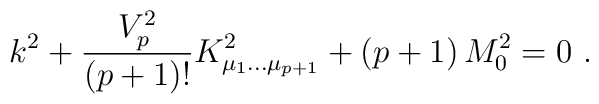
k^2 + {V_p^2\over (p+1)!}K^2_{\mu_1\dots\mu_{p+1}} +(p+1)\, M_0^2=0\ .